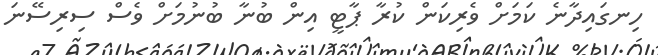
ހިނގައިދާނެ ކަމަށް ވެރިކަން ކުރާ ޕާޓީ އިން ބުނާ ބުނުމަށް ވެސް ސިރިސޭނަ